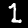
Label: 1